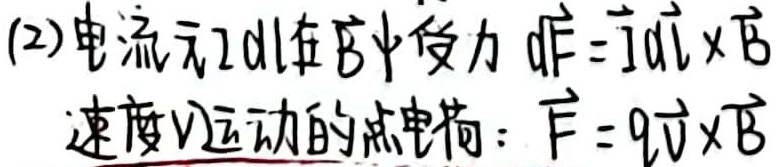
(2) 电流元$I d\vec{l}$在$\vec{B}$中受力 $d\vec{F}=I d\vec{l} \times \vec{B}$
速度$\vec{v}$运动的点电荷：$\vec{F}=q\vec{v} \times \vec{B}$